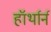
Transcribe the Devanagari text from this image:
हॉर्थार्न